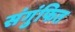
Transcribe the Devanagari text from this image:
संगुंफित